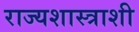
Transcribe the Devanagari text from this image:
राज्यशास्त्राशी